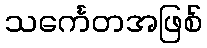
သင်္ကေတအဖြစ်